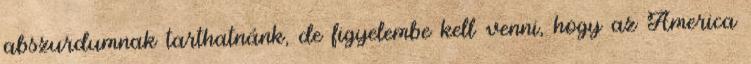
abszurdumnak tarthatnánk, de figyelembe kell venni, hogy az America